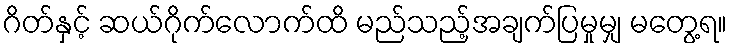
ဂိတ်နှင့် ဆယ်ဂိုက်လောက်ထိ မည်သည့်အချက်ပြမှုမျှ မတွေ့ရ။